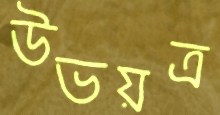
উভয়ত্র